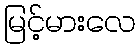
မြင့်မားလေ